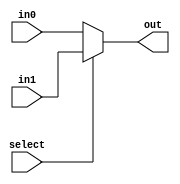
`timescale 1ns / 1ps
//////////////////////////////////////////////////////////////////////////////////
// Company: 
// Engineer: 
// 
// Design Name: 
// Module Name: mux_21
// Project Name: 
// Target Devices: 
// Tool Versions: 
// Description: 
// 
// Dependencies: 
// 
// Revision:
// Revision 0.01 - File Created
// Additional Comments:
// 
//////////////////////////////////////////////////////////////////////////////////


module mux_21(
    input [31:0] in0,
    input [31:0] in1,
    output  [31:0] out, 
     input select
    
);

assign out = select ? in1: in0;

endmodule